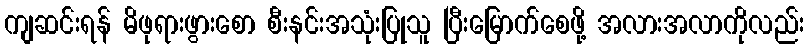
ကျဆင်းရန် မိဖုရားဖွားစော စီးနင်းအသုံးပြုသူ ပြီးမြောက်စေဖို့ အလားအလာကိုလည်း